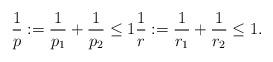
LaTeX: \begin{align*}\frac{1}{p} := \frac{1}{p_{1}} + \frac{1}{p_{2}} \leq 1 \frac{1}{r} := \frac{1}{r_{1}} + \frac{1}{r_{2}} \leq 1.\end{align*}